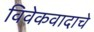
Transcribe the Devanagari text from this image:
विवेकवादाचे